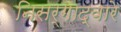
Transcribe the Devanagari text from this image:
निसर्गाद्वारे